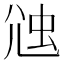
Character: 𧉇